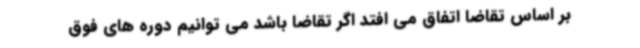
بر اساس تقاضا اتفاق می افتد اگر تقاضا باشد می توانیم دوره های فوق